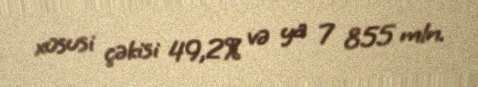
xüsusi çəkisi 49,2% və ya 7 855 mln.